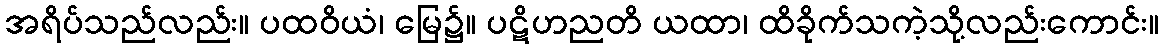
အရိပ်သည်လည်း။ ပထဝိယံ၊ မြေ၌။ ပဋိဟညတိ ယထာ၊ ထိခိုက်သကဲ့သို့လည်းကောင်း။